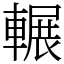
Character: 輾